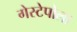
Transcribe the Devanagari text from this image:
गेस्टेपोला